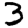
Digit: 3